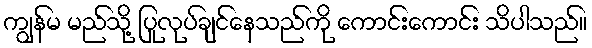
ကျွန်မ မည်သို့ ပြုလုပ်ချင်နေသည်ကို ကောင်းကောင်း သိပါသည်။